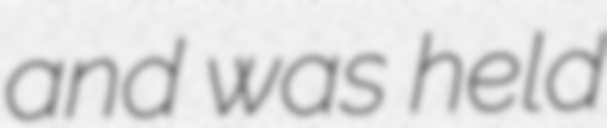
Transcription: and was held